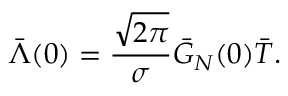
\bar { \Lambda } ( 0 ) = \frac { \sqrt { 2 \pi } } { \sigma } \bar { G } _ { N } ( 0 ) \bar { T } .